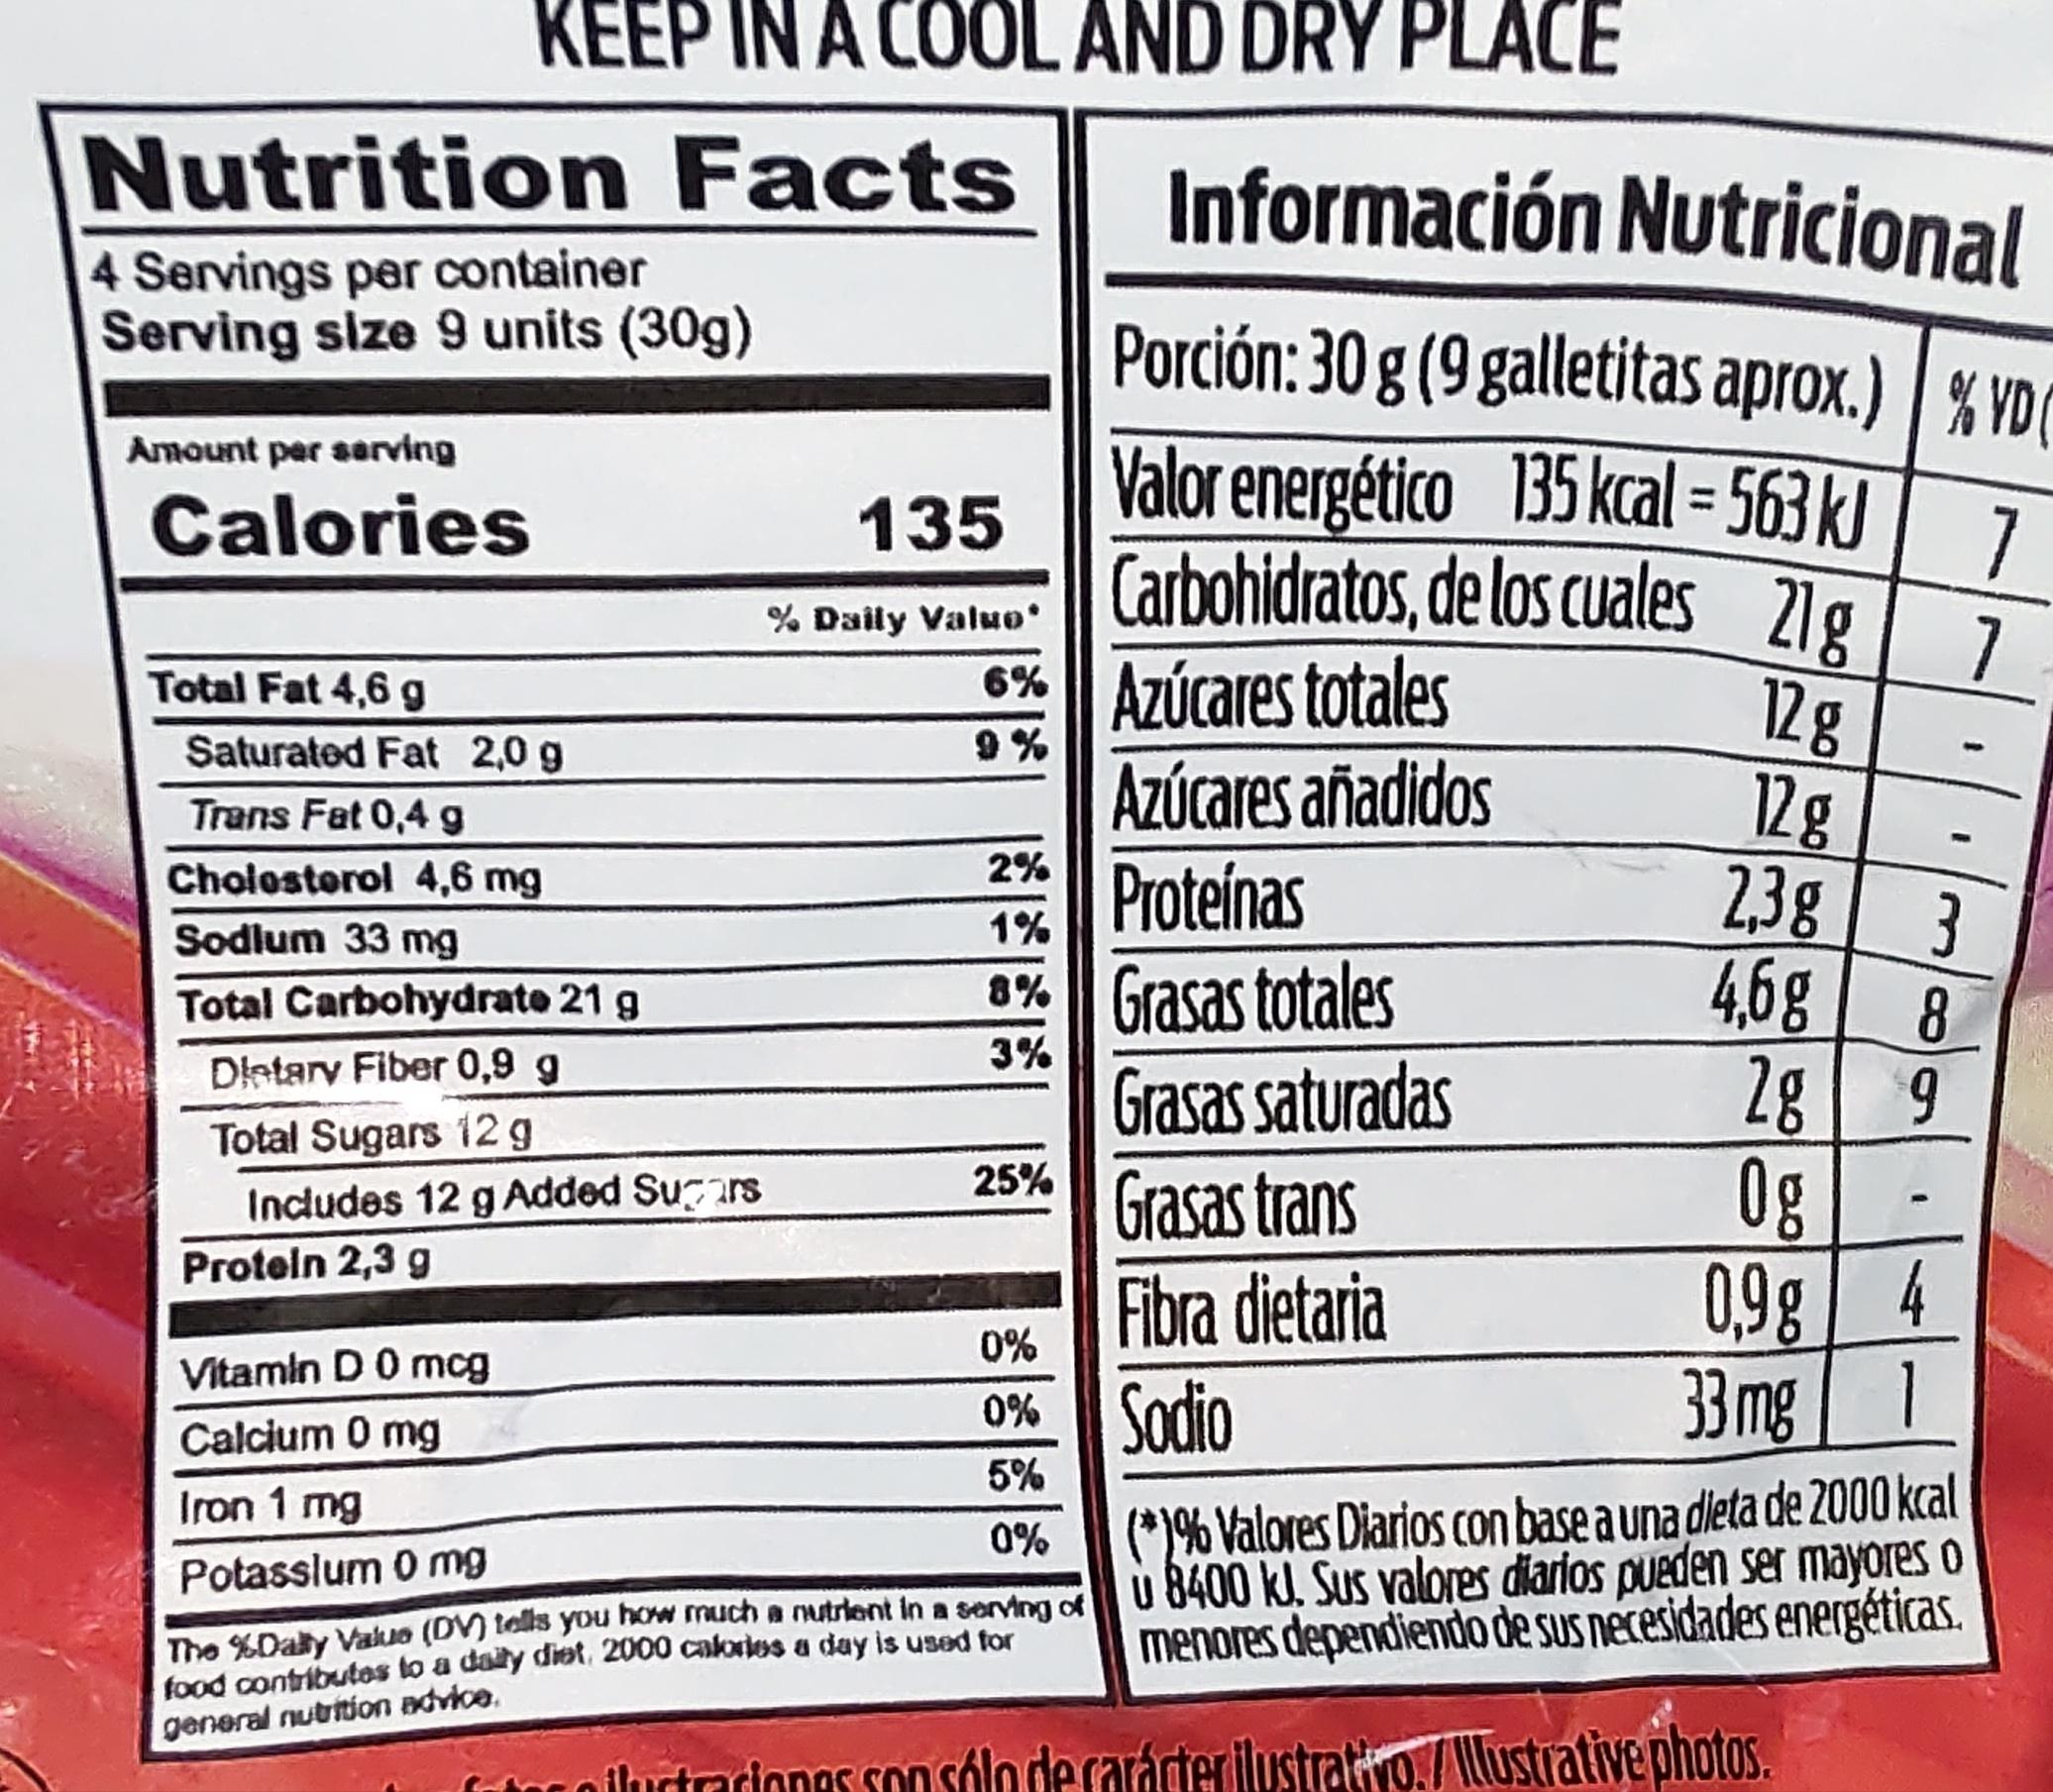
Nutrition Facts
4 Servings per container Serving size 9 units (30g)
Amount per serving
Calories
Total Fat 4,6 g
KEEP IN A COOL AND DRY PLACE
Saturated Fat 2,0 g
Trans Fat 0,4 g
Cholesterol 4,6 mg
Sodlum 33 mg
Total Carbohydrate 21 g
Dietary Fiber 0,9 g
Total Sugars 12 g
Includes 12 g Added Sugars
Protein 2,3 g
135
% Daily Valuo'
6% Azúcares totales
Azúcares añadidos
2%
Proteínas
1%
8% Grasas totales
3%
25%
Información Nutricional
Porción: 30 g (9 galletitas aprox.) % VDC
Valor energético_ 135 kcal = 563 kJ 7 Carbohidratos, de los cuales 21g
7
12g
12g
2,3g
4,6g
2g
0g
Vitamin D 0 mcg
Calcium 0 mg
Iron 1 mg
Potassium 0 mg
0%
The % Daily Value (DV) tells you how much a nutrient in a serving of
food contributes to a daily diet, 2000 calories a day is used for general nutrition advice.
Grasas saturadas
Grasas trans
Fibra dietaria
0%
0% Sodio
5%
3
8
9
0,9g 4
33 mg 1
ilustraciones son sólo de carácter ilustratto./Illustrative photos.
I
(*1% Valores Diarios con base a una dieta de 2000 kcal U8400 kJ. Sus valores diarios pueden ser mayores o menores dependiendo de sus necesidades energéticas.